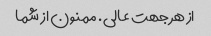
از هر جهت عالی. ممنون از شما